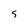
Character: S